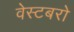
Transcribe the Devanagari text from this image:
वेस्टबरो